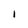
Character: I